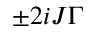
\pm 2 i J \Gamma